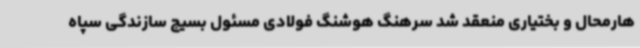
هارمحال و بختیاری منعقد شد سرهنگ هوشنگ فولادی مسئول بسیج سازندگی سپاه